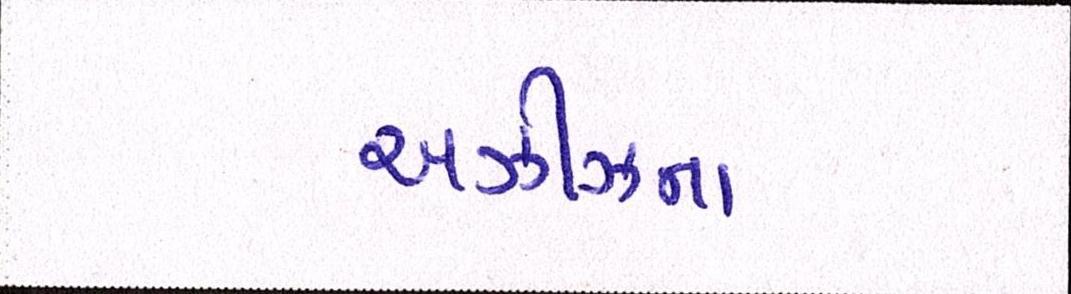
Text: અઝીઝના